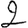
Digit: 2